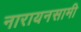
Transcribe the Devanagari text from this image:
नारायनसामी